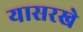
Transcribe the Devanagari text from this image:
यासरखे